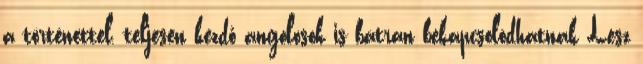
a történettel, teljesen kezdő angolosok is bátran bekapcsolódhatnak Lesz